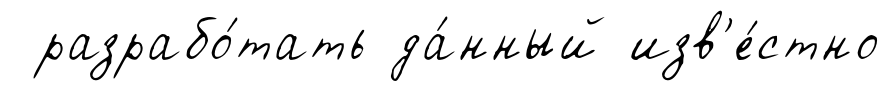
разрабо́тать да́нный изв'е́стно